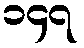
၁၄၇